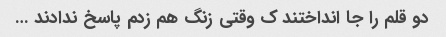
دو قلم را جا انداختند ک وقتی زنگ هم زدم پاسخ ندادند …